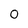
Character: 0